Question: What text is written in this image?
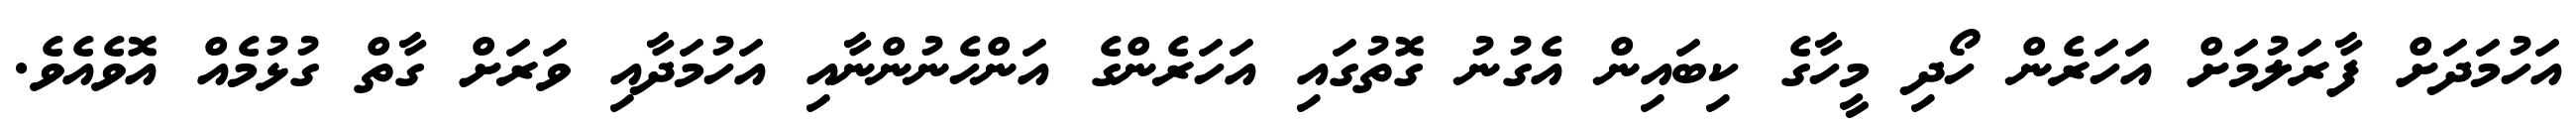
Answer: އަހުމަދަށް ފާރަލުމަށް އަހަރެން ހޯދި މީހާގެ ކިބައިން އެގުނު ގޮތުގައި އަހަރެންގެ އަންހެނުންނާއި އަހުމަދާއި ވަރަށް ގާތް ގުޅުމެއް އޮވެއެވެ.